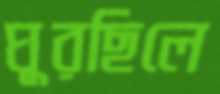
ঘুরছিলে